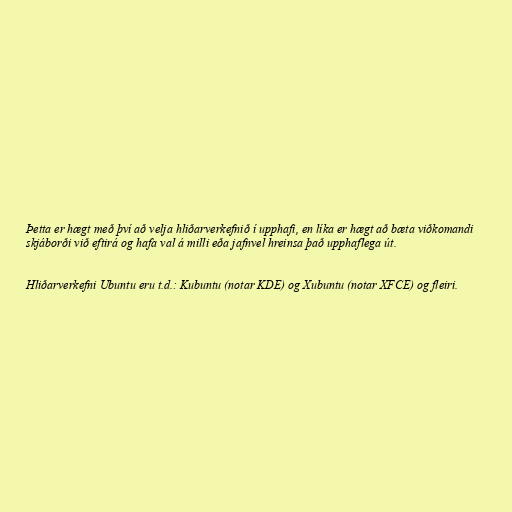
Þetta er hægt með því að velja hliðarverkefnið í upphafi, en líka er hægt að bæta viðkomandi
skjáborði við eftirá og hafa val á milli eða jafnvel hreinsa það upphaflega út.

Hliðarverkefni Ubuntu eru t.d.: Kubuntu (notar KDE) og Xubuntu (notar XFCE) og fleiri.